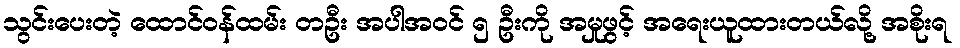
သွင်းပေးတဲ့ ထောင်ဝန်ထမ်း တဦး အပါအဝင် ၅ ဦးကို အမှုဖွင့် အရေးယူထားတယ်လို့ အစိုးရ